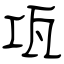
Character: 瓨